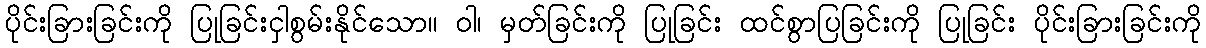
ပိုင်းခြားခြင်းကို ပြုခြင်းငှါစွမ်းနိုင်သော။ ဝါ၊ မှတ်ခြင်းကို ပြုခြင်း ထင်စွာပြခြင်းကို ပြုခြင်း ပိုင်းခြားခြင်းကို